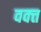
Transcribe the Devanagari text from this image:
वक्त्त